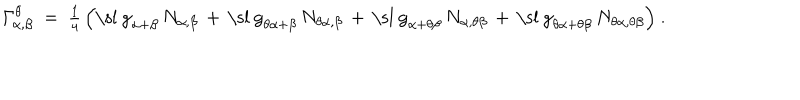
{ \mit { \Gamma } } _ { \alpha , \beta } ^ { \theta } ~ = ~ { \textstyle { \frac { 1 } { 4 } } } \, \Bigl ( \mathrm { \ s l ~ g } _ { \alpha + \beta } \, N _ { \alpha , \beta } \, + \, \mathrm { \ s l ~ g } _ { \theta \alpha + \beta } \, N _ { \theta \alpha , \beta } \, + \, \mathrm { \ s l ~ g } _ { \alpha + \theta \beta } \, N _ { \alpha , \theta \beta } \, + \, \mathrm { \ s l ~ g } _ { \theta \alpha + \theta \beta } \, N _ { \theta \alpha , \theta \beta } \Bigr ) ~ .